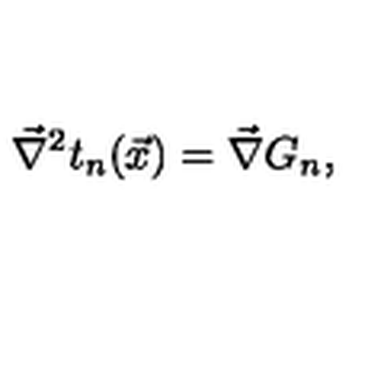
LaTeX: \vec { \nabla } ^ { 2 } t _ { n } ( \vec { x } ) = \vec { \nabla } G _ { n } ,